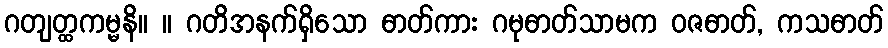
ဂတျတ္ထကမ္မနိ။ ။ ဂတိအနက်ရှိသော ဓာတ်ကား ဂမုဓာတ်သာမက ဝဇဓာတ်, ကသဓာတ်